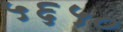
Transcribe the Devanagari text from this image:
५६५०